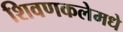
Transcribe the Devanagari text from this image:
शिवणकलेमधे